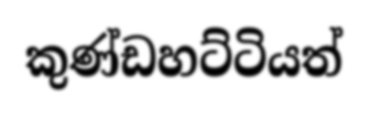
කුණ්ඩහට්ටියත්